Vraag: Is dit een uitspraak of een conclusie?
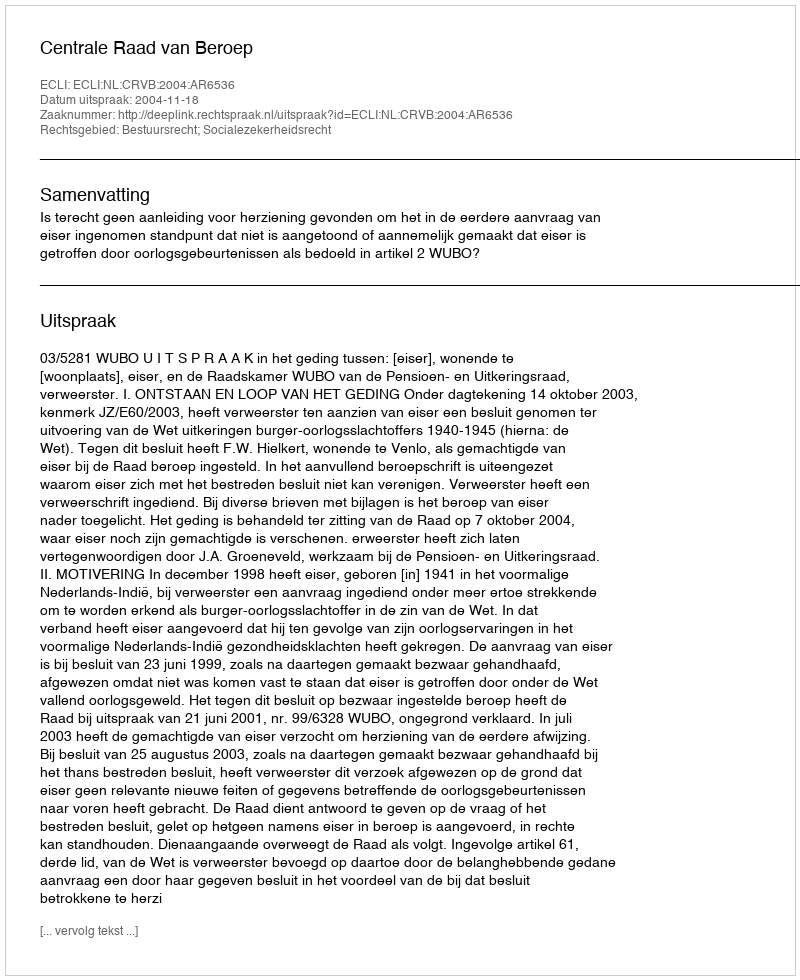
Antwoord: Uitspraak